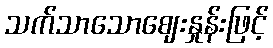
သက်သာသောဈေးနှုန်းဖြင့်